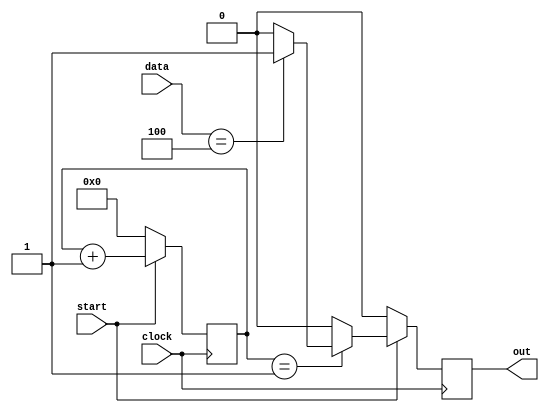
`timescale 1ns / 1ps
//////////////////////////////////////////////////////////////////////////////////
// Company: 
// Engineer: 
// 
// Design Name: 
// Module Name:    task2 
// Project Name: 
// Target Devices: 
// Tool versions: 
// Description: 
//
// Dependencies: 
//
// Revision: 
// Revision 0.01 - File Created
// Additional Comments: 
//
//////////////////////////////////////////////////////////////////////////////////
module task2(clock,data,start,out);
	input clock;
	input [32:0] data;
	input start;
	output out;
	
	wire clock;
	wire [32:0] data;
	wire start;
	parameter [16:0] offset = 1;
	parameter [32:0] mask = 4;
	reg [16:0] count = 0;
	reg [1:0] switch = 1;
	assign out = switch;

	always @(posedge clock) begin
			if (start == 1) begin
				if (count == offset) begin
					if (data == mask)
						switch <= 1;
					else
						switch <= 0;
				end
				else
					switch <= 0;
				count <= count + 1;
			end
			else begin
				count <= 0;
				switch <= 0;
			end
	end		
endmodule